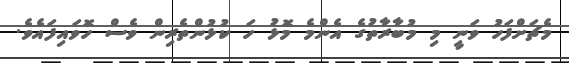
މެޗަށްފަހު ވަނީ މި މުބާރާތުގެ އެންމެ މޮޅު ހަ ކުޅުންތެރިން ވެސް ހޮވައިފައެވެ.